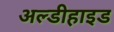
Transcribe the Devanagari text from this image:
अल्डीहाइड